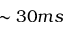
\sim 3 0 m s